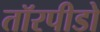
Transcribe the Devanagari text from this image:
तॉरपीडो